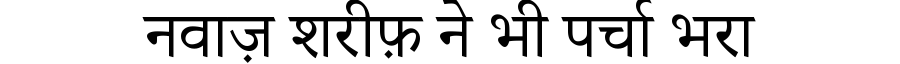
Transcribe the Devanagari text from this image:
नवाज़ शरीफ़ ने भी पर्चा भरा